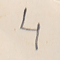
4